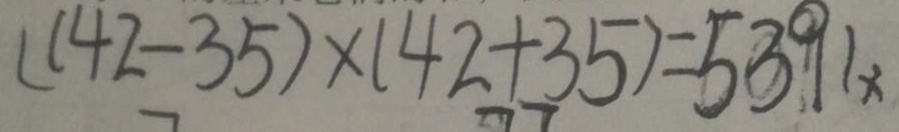
( 1 4 2 - 3 5 ) \times ( 4 2 + 3 5 ) = 5 3 9 1 \times